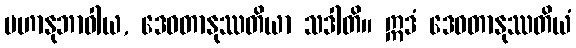
မဟာနုဘာဝါယ, ဒေဝတာနုဿတိယာ သဒါတိ။ ဣဒံ ဒေဝတာနုဿတိယံ